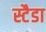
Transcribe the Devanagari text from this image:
स्टैडा